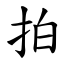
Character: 拍